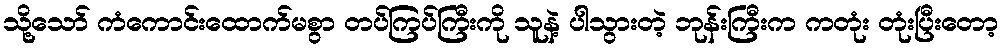
သို့သော် ကံကောင်းထောက်မစွာ တပ်ကြပ်ကြီးကို သူနဲ့ ပါသွားတဲ့ ဘုန်းကြီးက ကတုံး တုံးပြီးတော့